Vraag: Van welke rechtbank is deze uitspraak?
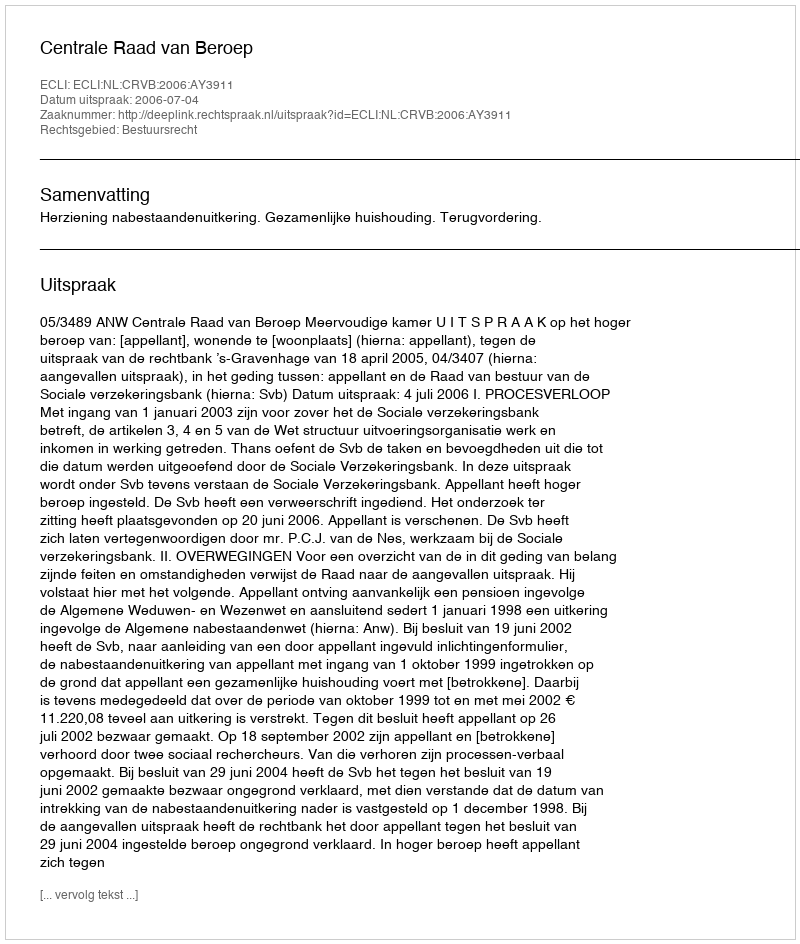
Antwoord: Centrale Raad van Beroep